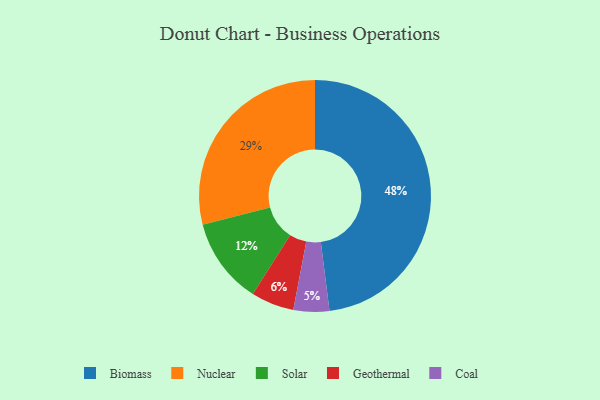
{"axis": {"x": "Category", "y": "Percentage"}, "legend": ["Biomass", "Coal", "Geothermal", "Nuclear", "Solar"], "data": [{"x": "Solar", "y": 12, "type": "Solar"}, {"x": "Biomass", "y": 48, "type": "Biomass"}, {"x": "Nuclear", "y": 29, "type": "Nuclear"}, {"x": "Coal", "y": 5, "type": "Coal"}, {"x": "Geothermal", "y": 6, "type": "Geothermal"}]}